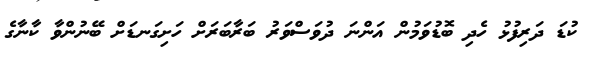
ކުޑަ ދަރިފުޅު ހެދި ބޮޑުވަމުން އަންނަ ދުވަސްވަރު ބަރާބަރަށް ހަށިގަނޑަށް ބޭނުންވާ ކާނާގެ